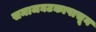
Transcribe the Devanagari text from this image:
समाजघटकापासून